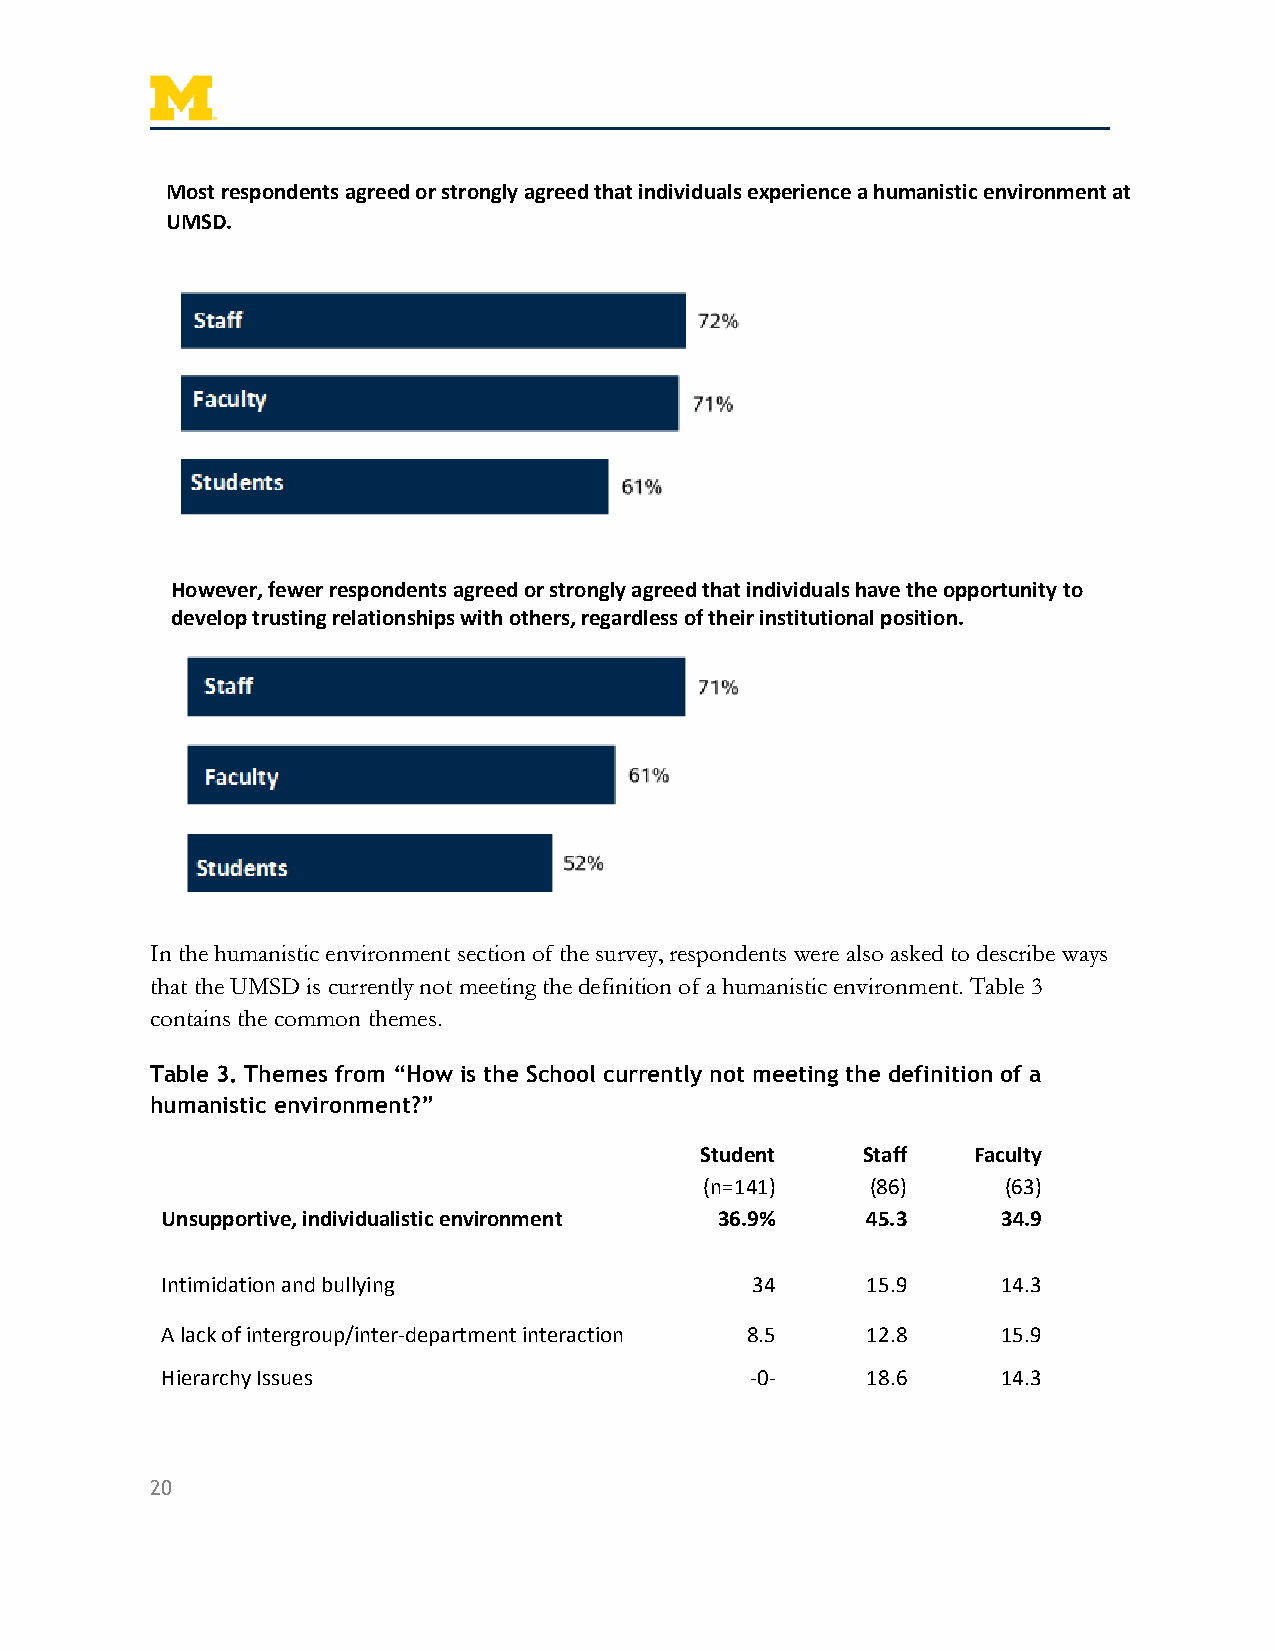
Most respondents agreed or strongly agreed that individuals experience a humanistic environment at
 UMSD.
 However, fewer respondents agreed or strongly agreed that individuals have the opportunity to
 develop trusting relationships with others, regardless of their institutional position.
 In the humanistic environment section of the survey, respondents were also asked to describe ways
 that the UMSD is currently not meeting the definition of a humanistic environment. Table 3
 contains the common themes.
 Table 3. Themes from “How is the School currently not meeting the definition of a
 humanistic environment?”
 Student    Staff  Faculty
 (n=141)    (86)     (63)
 Unsupportive, individualistic environment 36.9% 45.3   34.9
 Intimidation and bullying              34     15.9     14.3
 A lack of intergroup/inter-department interaction 8.5 12.8 15.9
 Hierarchy Issues                       -0-    18.6     14.3
 20